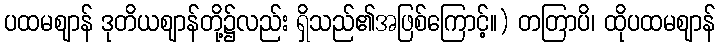
ပထမဈာန် ဒုတိယဈာန်တို့၌လည်း ရှိသည်၏အဖြစ်ကြောင့်။) တတြာပိ၊ ထိုပထမဈာန်